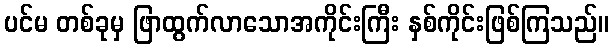
ပင်မ တစ်ခုမှ ဖြာထွက်လာသောအကိုင်းကြီး နှစ်ကိုင်းဖြစ်ကြသည်။